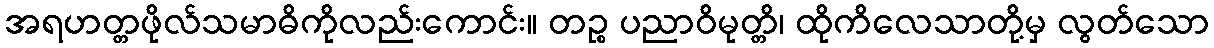
အရဟတ္တဖိုလ်သမာဓိကိုလည်းကောင်း။ တဉ္စ ပညာဝိမုတ္တိ၊ ထိုကိလေသာတို့မှ လွတ်သော